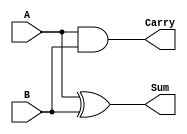
module half_adder #(
    parameter input_width = 1 // Default input width set to 1
)(
    input [input_width-1:0] A, // First input operand
    input [input_width-1:0] B, // Second input operand
    output reg Sum,             // Sum output (1-bit)
    output reg Carry            // Carry output (1-bit)
);

// Always block to compute Sum and Carry
always @(*) begin
    // Calculate Sum using XOR operation
    Sum <= A ^ B; // Sum is the XOR of A and B

    // Calculate Carry using AND operation
    Carry <= A & B; // Carry is the AND of A and B
end

endmodule